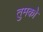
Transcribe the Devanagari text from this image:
तुमकोे